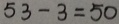
5 3 - 3 = 5 0